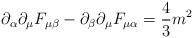
LaTeX: \begin{align*}\partial_\alpha \partial_\mu F_{\mu\beta} -\partial_\beta \partial_\mu F_{\mu\alpha} = {4\over 3} m^2\end{align*}